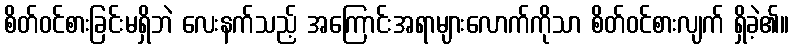
စိတ်ဝင်စားခြင်းမရှိဘဲ လေးနက်သည့် အကြောင်းအရာများလောက်ကိုသာ စိတ်ဝင်စားလျက် ရှိခဲ့၏။